Sketch of the medical history of the native army of Bombay, for the year
Year: 1872
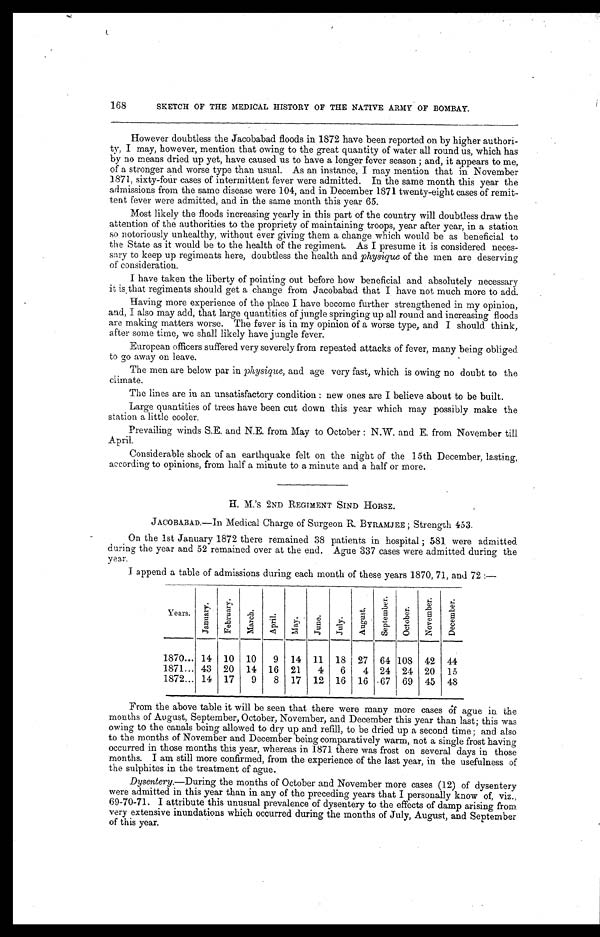
168
SKETCH OF THE MEDICAL HISTORY OF THE NATIVE ARMY OF BOMBAY.
However doubtless the Jacobabad floods in 1872 have been reported on by higher authori
- t y , I m a y , h o w e v e r , m e n t i o n t h a t o w i n g t o t h e g r e a t q u a n t i t y o f w a t e r a l l r o u n d u s , w h i c h h a s
by no means dried up yet, have caused us to have a longer fever season; and, it appears to me,
of a stronger and worse type than usual. As an instance, I may mention that in November
1871, sixty-four cases of intermittent fever were admitted. In the same month this year the
admissions from the same disease were 104, and in December 1871 twenty-eight cases of remit
-tent fever were admitted, and in the same month this year 65.
Most likely the floods increasing yearly in this part of the country will doubtless draw the
attention of the authorities to the propriety of maintaining troops, year after year, in a station
so notoriously unhealthy, without ever giving them a change which would be as beneficial to
the State as it would be to the health of the regiment. As I presume it is considered neces
-sary to keep up regiments here, doubtless the health and physique of the men are deserving
of consideration.
I have taken the liberty of pointing out before how beneficial and absolutely necessary
it is that regiments should get a change from Jacobabad that I have not much more to add.
Having more experience of the place I have become further strengthened in my opinion,
and, I also may add, that large quantities of jungle springing up all round and increasing floods
are making matters worse. The fever is in my opinion of a worse type, and I should think,
after some time, we shall likely have jungle fever.
European officers suffered very severely from repeated attacks of fever, many being obliged
to go away on leave.
The men are below par in physique, and age very fast, which is owing no doubt to the
climate.
The lines are in an unsatisfactory condition: new ones are I believe about to be built.
Large quantities of trees have been cut down this year which may possibly make the
station a little cooler.
Prevailing winds S.E. and N.E. from May to October: N.W. and E. from November till April.
Considerable shock of an earthquake felt on the night of the 15th December, lasting,
according to opinions, from half a minute to a minute and a half or more.
H. M.'s 2ND REGIMENT SIND HORSE.
JACOBABAD.—In Medical Charge of Surgeon R. BYRAMJEE; Strength 453.
On the 1st January 1872 there remained 38 patients in hospital; 581, were admitted
during the year and 52 remained over at the end. Ague 337 cases were admitted during the
year.
I append a table of admissions during each month of these years 1870, 71, and 72:—
Years.
J a n u a r y .
F e b r u a r y .
M a r c h .
A p r i l .
M a y .
J u n e .
J u l y .
A u g u s t .
S e p t e m b e r .
O c t o b e r .
N o v e m b e r .
D e c e m b e r .
1870 . . . 14
10
10
9
14
11
18
27
64 108
42
44
1871. . . 43
20
14
16
21
4
6
4
24
24
20
15
1872 . . . 14
17
9
8
17
12
16
16
67
69
45
48
From the above table it will be seen that there were many more cases of ague in the
months of August, September, October, November, and December this year than last; this was
owing to the canals being allowed to dry up and refill, to
be
dried up a second time; and also
to the months of November and December being comparatively warm, not a single frost having
occurred in those months this year, whereas in 1871 there was frost on several days in those
months. I am still more confirmed, from the experience of the last year, in the usefulness of
the sulphites in the treatment of ague.
Dysentery.—During the months of October and November more cases (12) of dysentery
were admitted in this year than in any of the preceding years that I personally know of, viz.,
69-70-71. I attribute this unusual prevalence of dysentery to the effects of damp arising from
very extensive inundations which occurred during the months of July, August, and September
of this year.